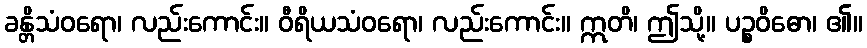
ခန္တိသံဝရော၊ လည်းကောင်း။ ဝီရိယသံဝရော၊ လည်းကောင်း။ ဣတိ၊ ဤသို့။ ပဉ္စဝိဓော၊ ၏။